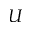
U